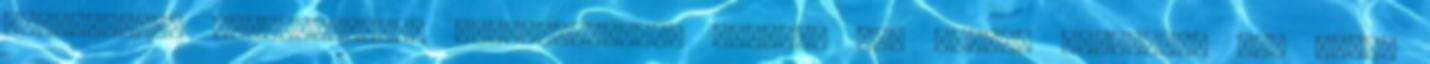
szagelszívó időközönkénti bekapcsolással esetleg egy dobozt odatudnék alá rakni